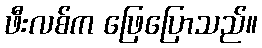
ဖီးလစ်က ဖြေပြောသည်။